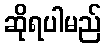
ဆိုရပါမည်